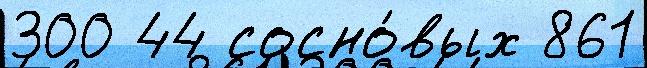
300 44 сосно́вых 861